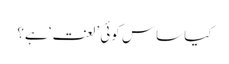
کیا ساس کوئی ’لعنت‘ ہے؟